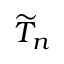
\widetilde { T } _ { n }